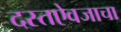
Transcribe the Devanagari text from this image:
दस्तऐवजाचा